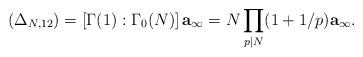
LaTeX: \begin{align*}(\Delta_{N,12})=\left[\Gamma(1):\Gamma_0(N) \right]\textbf{a}_\infty= N\prod_{p|N}(1+1/p)\textbf{a}_\infty.\end{align*}